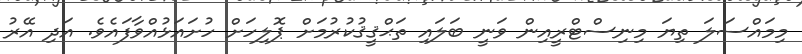
މިމައްސަލަ ތިޔަ މިނިސްޓްރީއިން ވަނީ ބަލައި ތަޙްޤީޤުކުރުމަށް ޕޮލިހަށް ހުށައަޅުއްވާފައެވެ. އަދި އޭރު